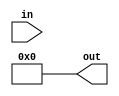
module Zero32(out, in);
	input[31:0] in;
	output[31:0] out;
	
	assign out = 0;

endmodule